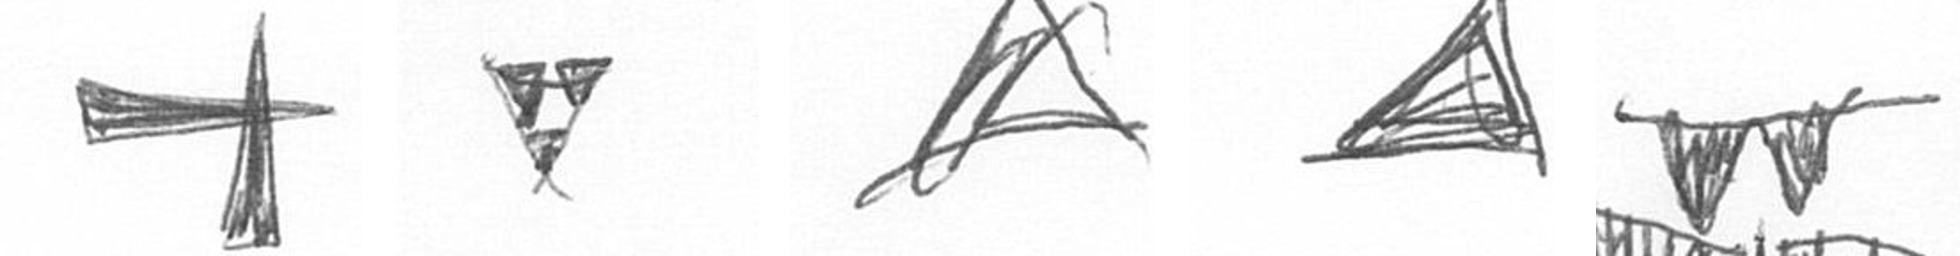
G S O O B